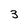
Character: 3